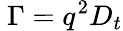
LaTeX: \ \Gamma=q^{2}D_{t}